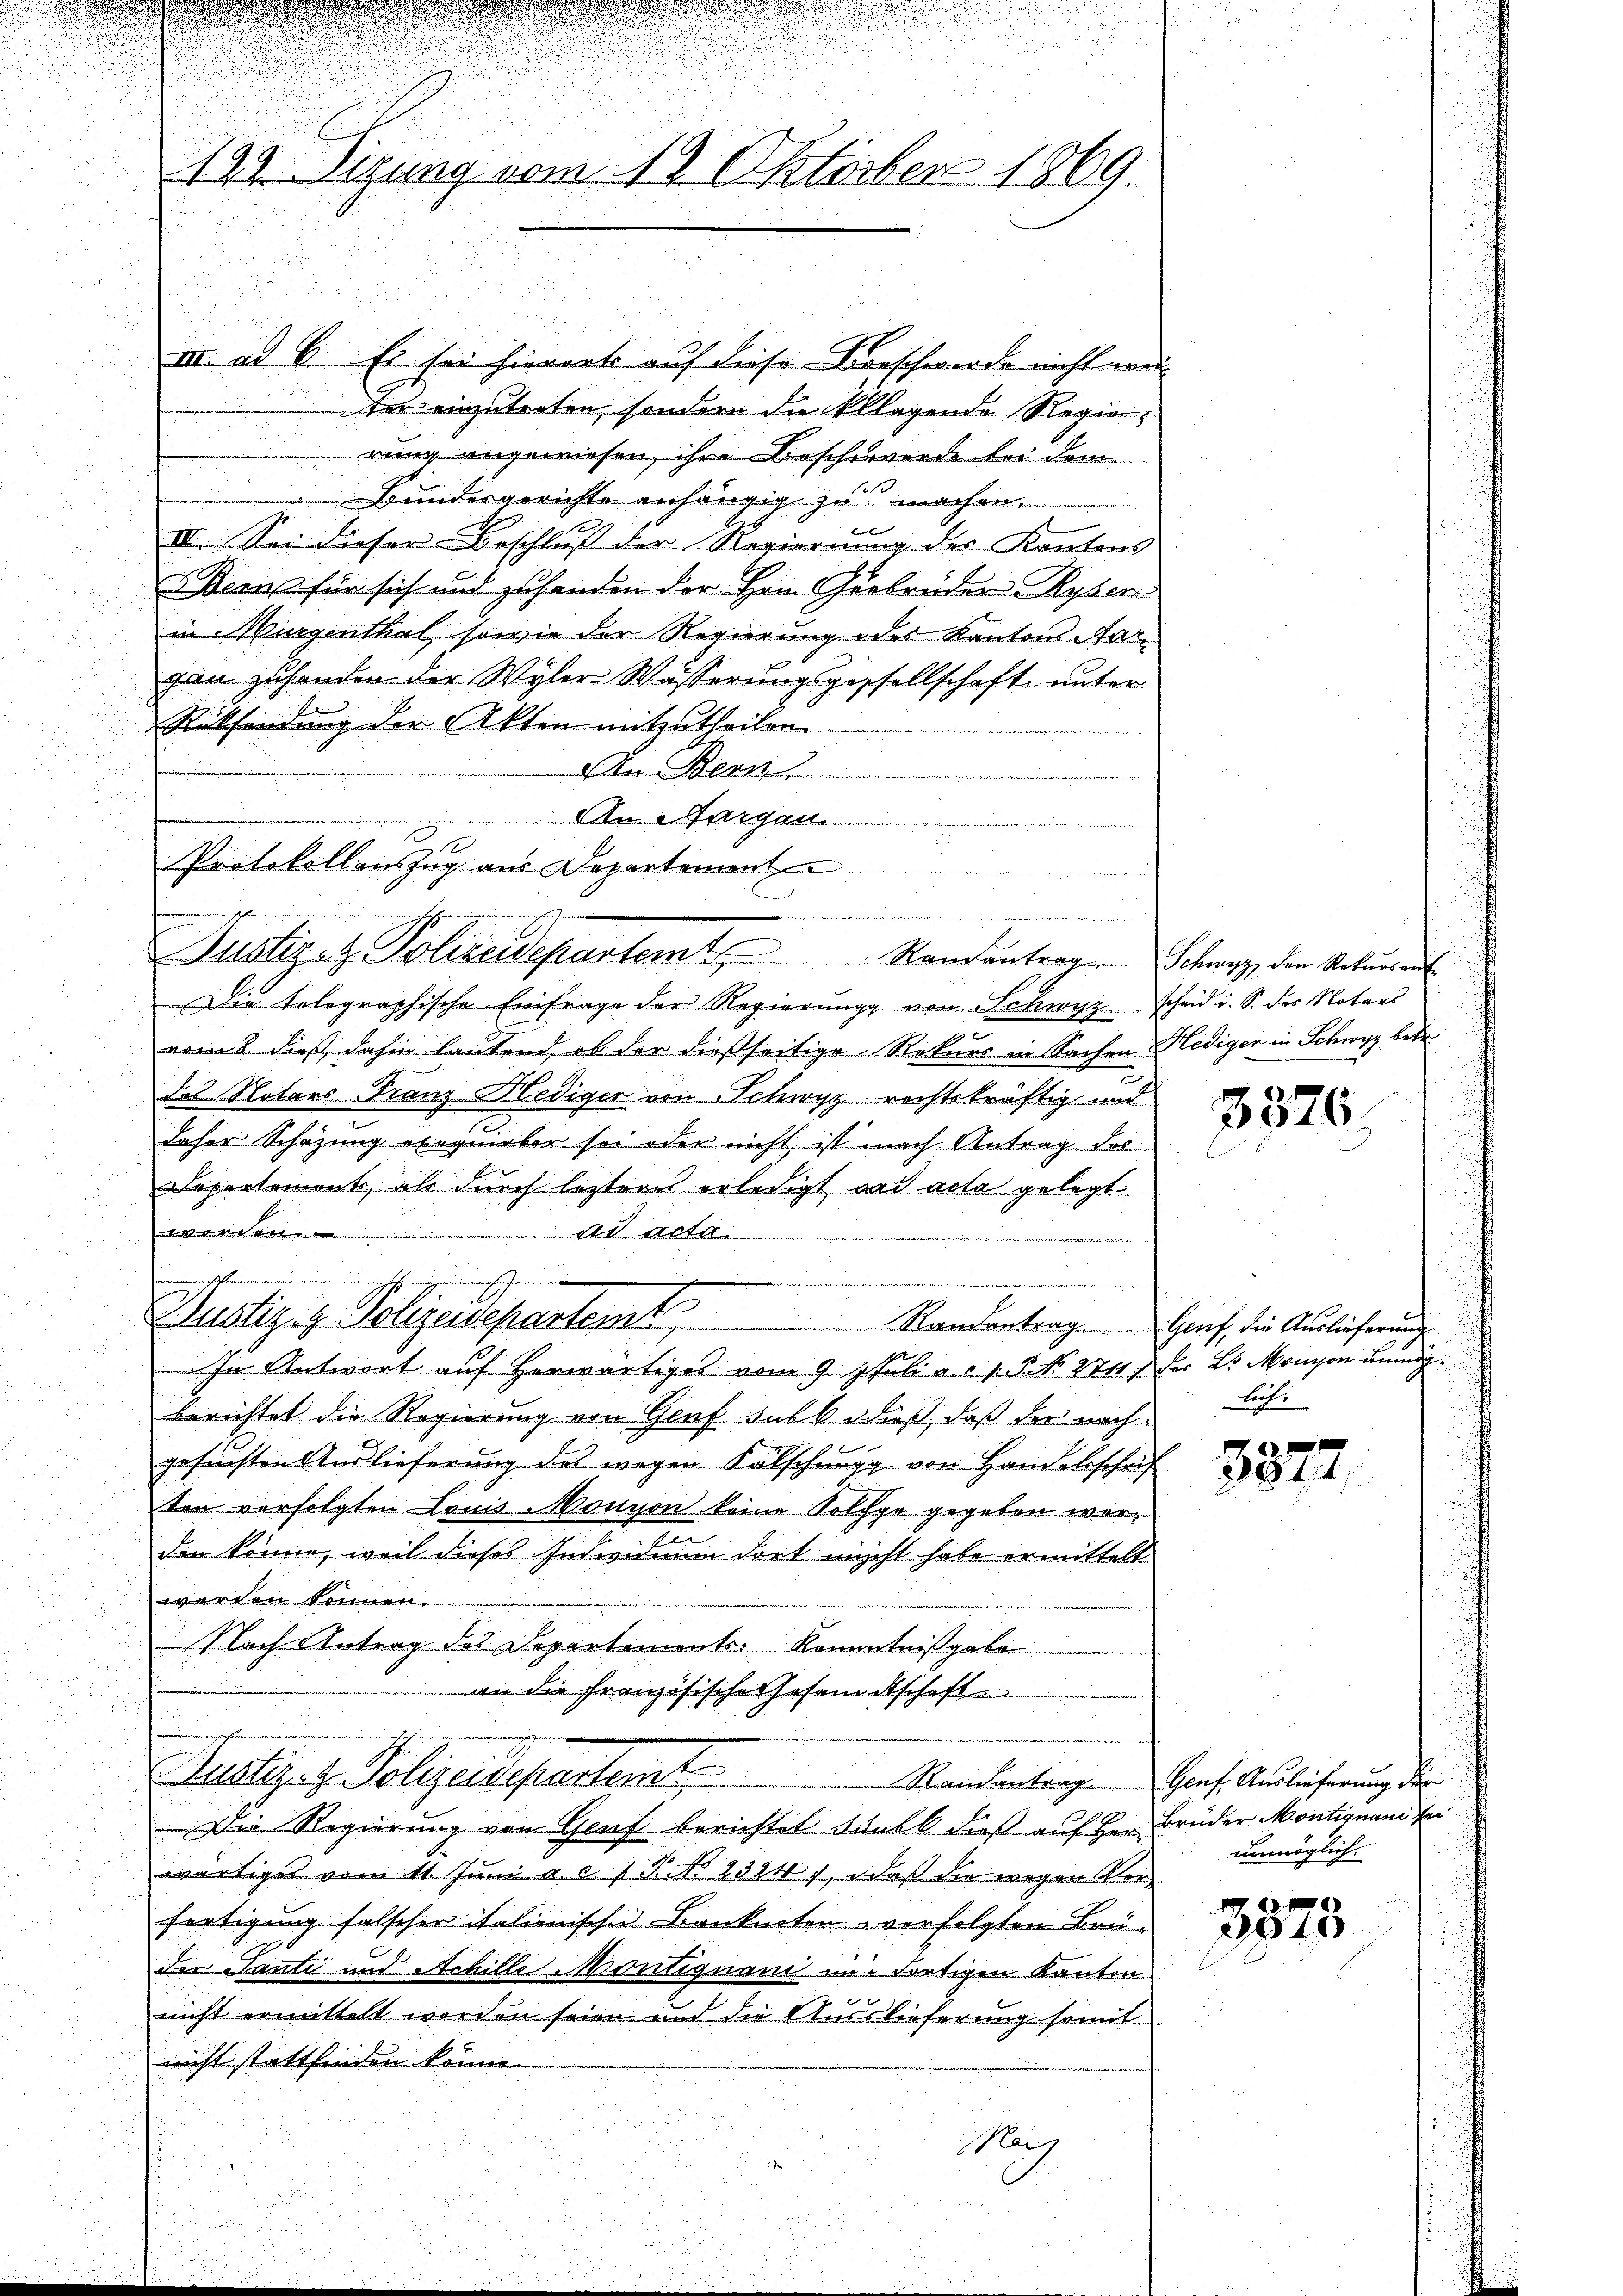
u
139 izung vom 18. Oktober 1869.

III. ad 6. Es sei hierorts auf diese Beschwerde nicht wer
ter einzutreten, sondern die klagende Regie
rung angewiesen, ihre Beschwerde bei dem
Bundesgerichte anhängig zu machen,
IVI. Sei dieser Beschluß der Regierung des Kantons
ern für sich und zuhanden der Hrn. Gebrüder Ryser
in Murgenthal, sowie der Regierung des Kantons Aargan zuhanden der Wyler Wässerungsgessellschaft unter
Rücksendung der Akten mitzutheilen.
An Bern
An Aargau.

d
1
Protokollauszug aus Departement

wechsen
e
e
en
Justiz- & Polizeidepartemt

u
Justiz- & Polizeidepartemt

Die telegraphische Einfrage der Regierung von Schwyz scheid i. S. des Notars
vom 2. dieß, dahin lautend, ob der dießseitige Rekurs in Sachen Hediger in Schwyz bede
des Notars Franz Hediger von Schwyz rechtskräftig und
daher Schazung exequieber sei oder nicht ist nach Antrag des
Departement, als durch letzteres erledigt aus acta gelegt
wikel
d acta
e
In Antwort auf herwärtiges vom 9. 1. Juli a. c. v. 5. No. 2711. der 5 Monison unmög
berichtet die Regierung von Genf sub b. dieß, daß der nach
gesuchten Auslieferung des wegen Fälschungg von Handelsschrif
ten verfolgten Louis-Monzon keine Folge gegeben wor¬
u
den könne, weil dieses Individuum dort nicht habe ermittelt
werden können.
 Nach Antrag des Departements Kenntnißgabe
an die Französische Gesandtschaft.
.
ustiz- & Polizeidepartent
Die Regierung von Genf berichtet sankt, daß auf der Brüder Montignand sei
wärtiget vom 11. Juni a. c. s P. No 1384), daß die wegen Vorfertigung falscher italienischen Banknoten verfolgten Brüder Tanti und Achille Montiquand im dortigen Kanton
nicht ermittelt werden seien und die Auslieferung somit
nicht stattfinden könne
Marg

Randantrag. Schwyz, den Rekŭrsent

3376

Randantrag. Genf die Auslieferung
lich.

3877.

Randantrag Genf Auslieferung der
unmöglich.

3873